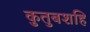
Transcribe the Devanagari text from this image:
कुतुबशहि